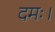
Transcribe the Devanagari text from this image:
दमः।